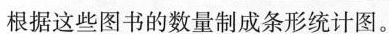
根据这些图书的数量制成条形统计图。